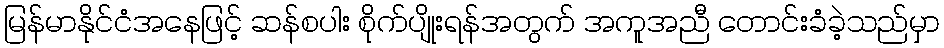
မြန်မာနိုင်ငံအနေဖြင့် ဆန်စပါး စိုက်ပျိုးရန်အတွက် အကူအညီ တောင်းခံခဲ့သည်မှာ